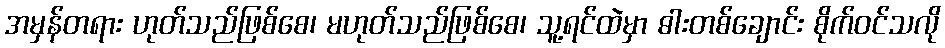
အမှန်တရား ဟုတ်သည်ဖြစ်စေ၊ မဟုတ်သည်ဖြစ်စေ၊ သူ့ရင်ထဲမှာ ဓါးတစ်ချောင်း စိုက်ဝင်သလို